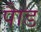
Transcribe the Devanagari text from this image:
पाैड